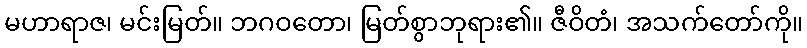
မဟာရာဇ၊ မင်းမြတ်။ ဘဂဝတော၊ မြတ်စွာဘုရား၏။ ဇီဝိတံ၊ အသက်တော်ကို။